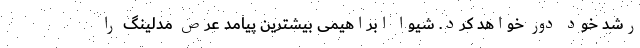
رشد خود دور خواهد کرد. شیوا ابراهیمی بیشترین پیامد عرص مدلینگ را